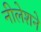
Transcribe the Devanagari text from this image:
नीलेशने